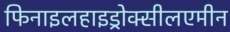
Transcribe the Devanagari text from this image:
फिनाइलहाइड्रोक्सीलएमीन